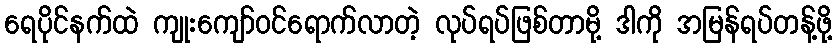
ရေပိုင်နက်ထဲ ကျုးကျော်ဝင်ရောက်လာတဲ့ လုပ်ရပ်ဖြစ်တာမို့ ဒါကို အမြန်ရပ်တန့်ဖို့